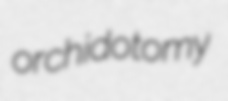
orchidotomy